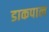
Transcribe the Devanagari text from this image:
डाकपाल